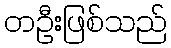
တဦးဖြစ်သည်